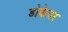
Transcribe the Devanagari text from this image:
डोकेवर